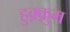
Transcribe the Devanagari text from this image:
हुक़्क़ुम